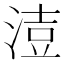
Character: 𰜍